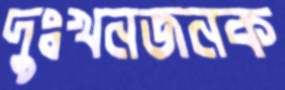
দুঃখনজনক